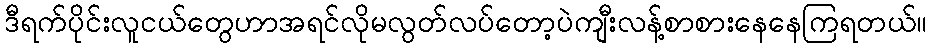
ဒီရက်ပိုင်းလူငယ်တွေဟာအရင်လိုမလွတ်လပ်တော့ပဲကျီးလန့်စာစားနေနေကြရတယ်။